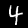
Digit: 4